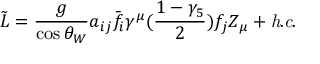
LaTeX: \tilde { \cal L } = \frac { g } { \cos \theta _ { W } } a _ { i j } \bar { f _ { i } } \gamma ^ { \mu } ( \frac { 1 - \gamma _ { 5 } } { 2 } ) f _ { j } Z _ { \mu } + { \it h . c . } \,